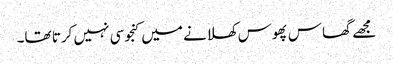
مجھے گھاس پھوس کھلانے میں کنجوسی نہیں کرتا تھا۔